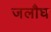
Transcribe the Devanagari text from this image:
जलौघ